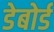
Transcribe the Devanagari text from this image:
डेबोर्ड